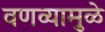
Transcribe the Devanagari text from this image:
वणव्यामुळे